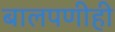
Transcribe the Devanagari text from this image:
बालपणीही